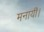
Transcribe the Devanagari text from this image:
मनायीं।